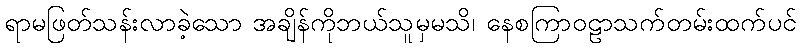
ရာမဖြတ်သန်းလာခဲ့သော အချိန်ကိုဘယ်သူမှမသိ၊ နေစကြာဝဠာသက်တမ်းထက်ပင်